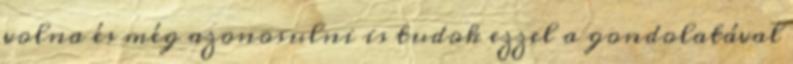
volna és még azonosulni is tudok ezzel a gondolatával